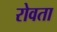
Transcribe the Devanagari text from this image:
रोवता